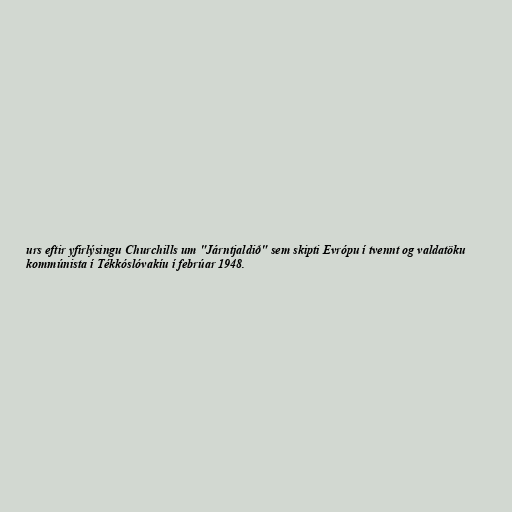
urs eftir yfirlýsingu Churchills um "Járntjaldið" sem skipti Evrópu í tvennt og valdatöku
kommúnista í Tékkóslóvakíu í febrúar 1948.